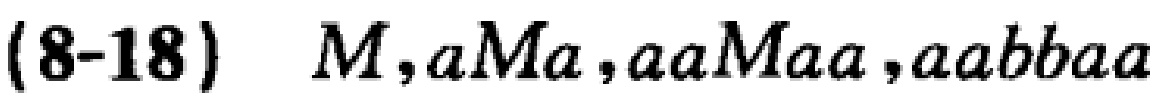
(8-18) \(M,aMa,aaMaa,aabbbaa\)